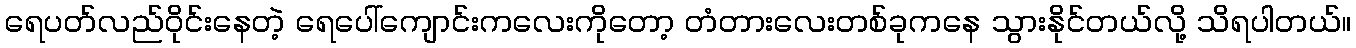
ရေပတ်လည်ဝိုင်းနေတဲ့ ရေပေါ်ကျောင်းကလေးကိုတော့ တံတားလေးတစ်ခုကနေ သွားနိုင်တယ်လို့ သိရပါတယ်။